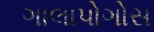
ગાલાપોગોસ